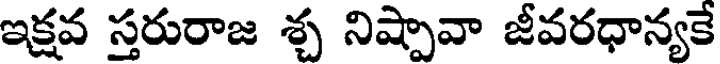
ఇక్షవ స్తరురాజ శ్చ నిష్పావా జీవరధాన్యకే